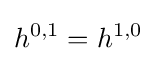
h^{0,1}=h^{1,0}